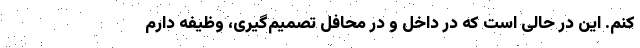
کنم. این در حالی است که در داخل و در محافل تصمیم‌گیری، وظیفه دارم